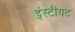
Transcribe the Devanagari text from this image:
इंस्टीयट